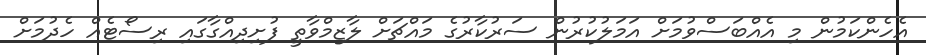
އެހެންކަމުން މި އެއްބަސްވުމަށް އަމަލުކުރުން ސަރުކާރުގެ މައްޗަށް ލާޒިމްވާތީ ފުށިދިއްގާގައި ރިސޯޓެއް ހެދުމަށް